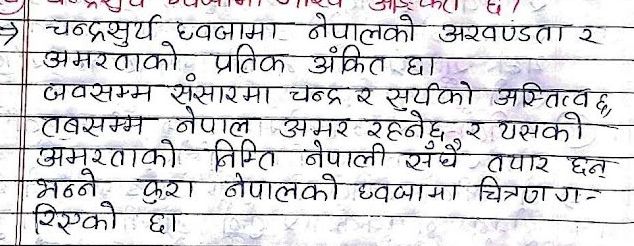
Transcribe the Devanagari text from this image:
चन्द्रसूर्य ध्वजामा नेपालको अखण्डता र
अमरताको प्रतीक अंकित छ।
जबसम्म संसारमा चन्द्र र सूर्यको अस्तित्व छ,
तबसम्म नेपाल अमर रहनेछ र यसको
अमरताको निम्ति नेपाली सधैँ तयार छन्
भन्ने कुरा नेपालको ध्वजामा चित्रण ग-
रिएको छ।